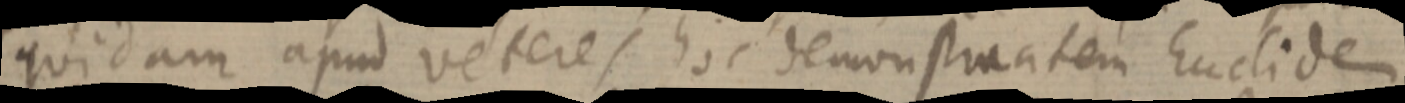
quidam apud veteres hoc demonstratem Euclide